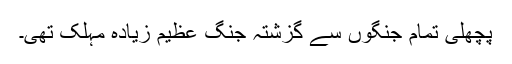
پچھلی تمام جنگوں سے گزشتہ جنگ عظیم زیادہ مہلک تھی۔